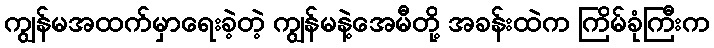
ကျွန်မအထက်မှာရေးခဲ့တဲ့ ကျွန်မနဲ့အေမီတို့ အခန်းထဲက ကြိမ်ခုံကြီးက